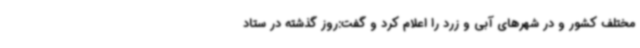
مختلف کشور و در شهرهای آبی و زرد را اعلام کرد و گفت:روز گذشته در ستاد